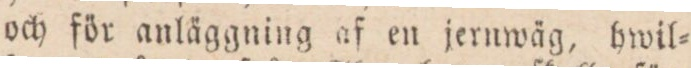
och för anläggning af en jernwäg, hwil=